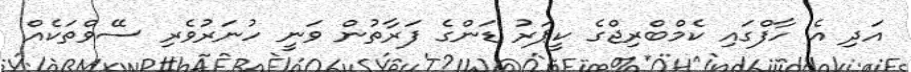
އަދި އެ ހާފްގައި ކެމްބްރިޖްގެ ކީޕަރު ޑަންގެ ފަރާތުން ވަނީ ހުނަރުވެރި ސޭވްތަކެއް